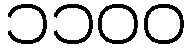
၁၁၀၀